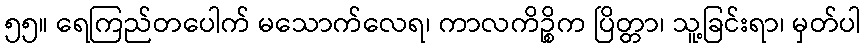
၅၅။ ရေကြည်တပေါက် မသောက်လေရ၊ ကာလကိဉ္စိက ပြိတ္တာ၊ သူ့ခြင်းရာ၊ မှတ်ပါ